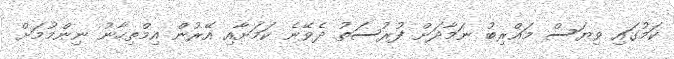
ކަމުގައި ވިޔަސް މަޣްރިބު ނަމާދަށް ފުރުސަތު ދެވޭނެ ކަމަށާއި އޭރުން އިމްތިހާނު ނިންމުމަށް